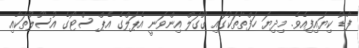
ފާޑު ކިޔައިފިއެވެ. މިދިޔަ ހަފްތާތަކުގައި ގޫގަލް އިންވަނީ އެޕަލްގެ އެޕް ސްޓޯގެ އުސޫލުތަކާއި